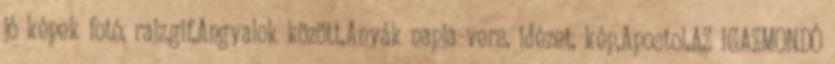
jó képek fotó, rajz,gif,Angyalok között,Anyák napja-vers, idézet, kép,Apostol,AZ IGAZMONDÓ